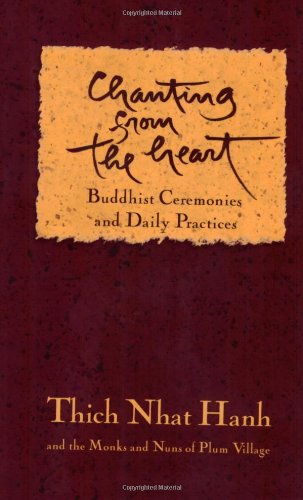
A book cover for Chanting from the Heart: Buddhist Ceremonies and Daily Practices; Religion & Spirituality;